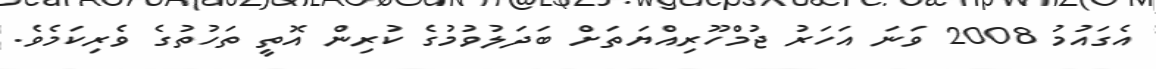
އެގައުމު 2008 ވަނަ އަހަރު ޖުމްހޫރިއްޔަތަށް ބަދަލުވުމުގެ ކުރިން އޮތީ ތަހުތުގެ ވެރިކަމެވެ.